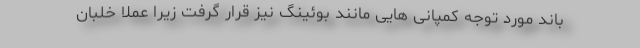
باند مورد توجه کمپانی هایی مانند بوئینگ نیز قرار گرفت زیرا عملا خلبان